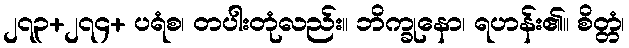
၂၇၃+၂၇၄+ ပရံစ၊ တပါးတုံလည်း။ ဘိက္ခုနော၊ ရဟန်း၏။ စိတ္တံ၊